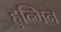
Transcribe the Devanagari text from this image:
हुन्मिन